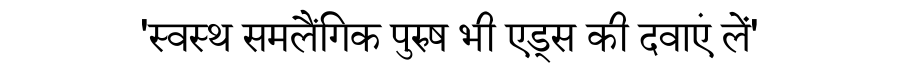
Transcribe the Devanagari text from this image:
'स्वस्थ समलैंगिक पुरुष भी एड्स की दवाएं लें'